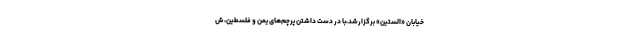
خیابان «الستین» برگزارشد،با در دست داشتن پرچم‌های یمن و فلسطین، ش